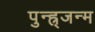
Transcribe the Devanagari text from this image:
पुन्ह्र्जन्म